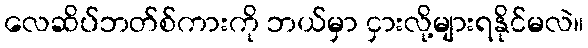
လေဆိပ်ဘတ်စ်ကားကို ဘယ်မှာ ငှားလို့များရနိုင်မလဲ။